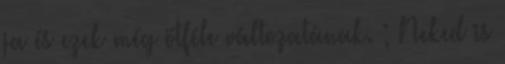
ja és ezek még ötféle változatának. ; Neked is